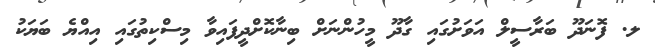
ލ. ފޮނަދޫ ބަރާސީލް އަވަށުގައި ގާދޫ މީހުންނަށް ބިނާކޮށްދީފައިވާ މިސްކިތުގައި އިއްޔެ ބަޔަކު